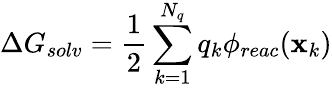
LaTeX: \Delta G_{solv}=\frac{1}{2}\sum_{k=1}^{N_{q}}q_{k}\phi_{reac}(\mathbf{x}_{k})